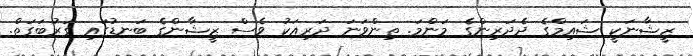
ޒީޝާނަކީ ޝައިމްގެ ދެދަރިންގެ މަންމަ. ތިންވަނަ ދަރިއަކު ވެސް ޒީޝާންގެ ބަނޑުގައި ގަރުބަގަތް.